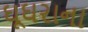
ઘૂઘરાના